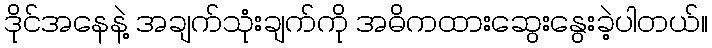
ဒိုင်အနေနဲ့ အချက်သုံးချက်ကို အဓိကထားဆွေးနွေးခဲ့ပါတယ်။